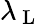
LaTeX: \lambda_{\mathrm{~L~}}